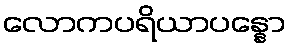
လောကပရိယာပန္နော